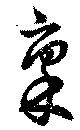
稟